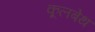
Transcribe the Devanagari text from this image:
कूलबेथ